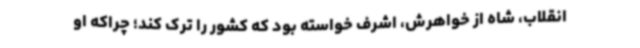
انقلاب، شاه از خواهرش، اشرف خواسته بود که کشور را ترک کند؛ چراکه او